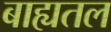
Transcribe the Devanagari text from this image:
बाह्यतल